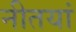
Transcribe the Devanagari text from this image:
नीतयां